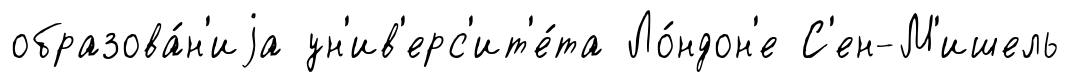
образова́н'иjа ун'ив'ерс'ит'е́та Ло́ндон'е С'ен-М'ишель